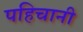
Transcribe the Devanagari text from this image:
पहिचानी